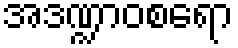
အဒဏ္ဍာဝစရော